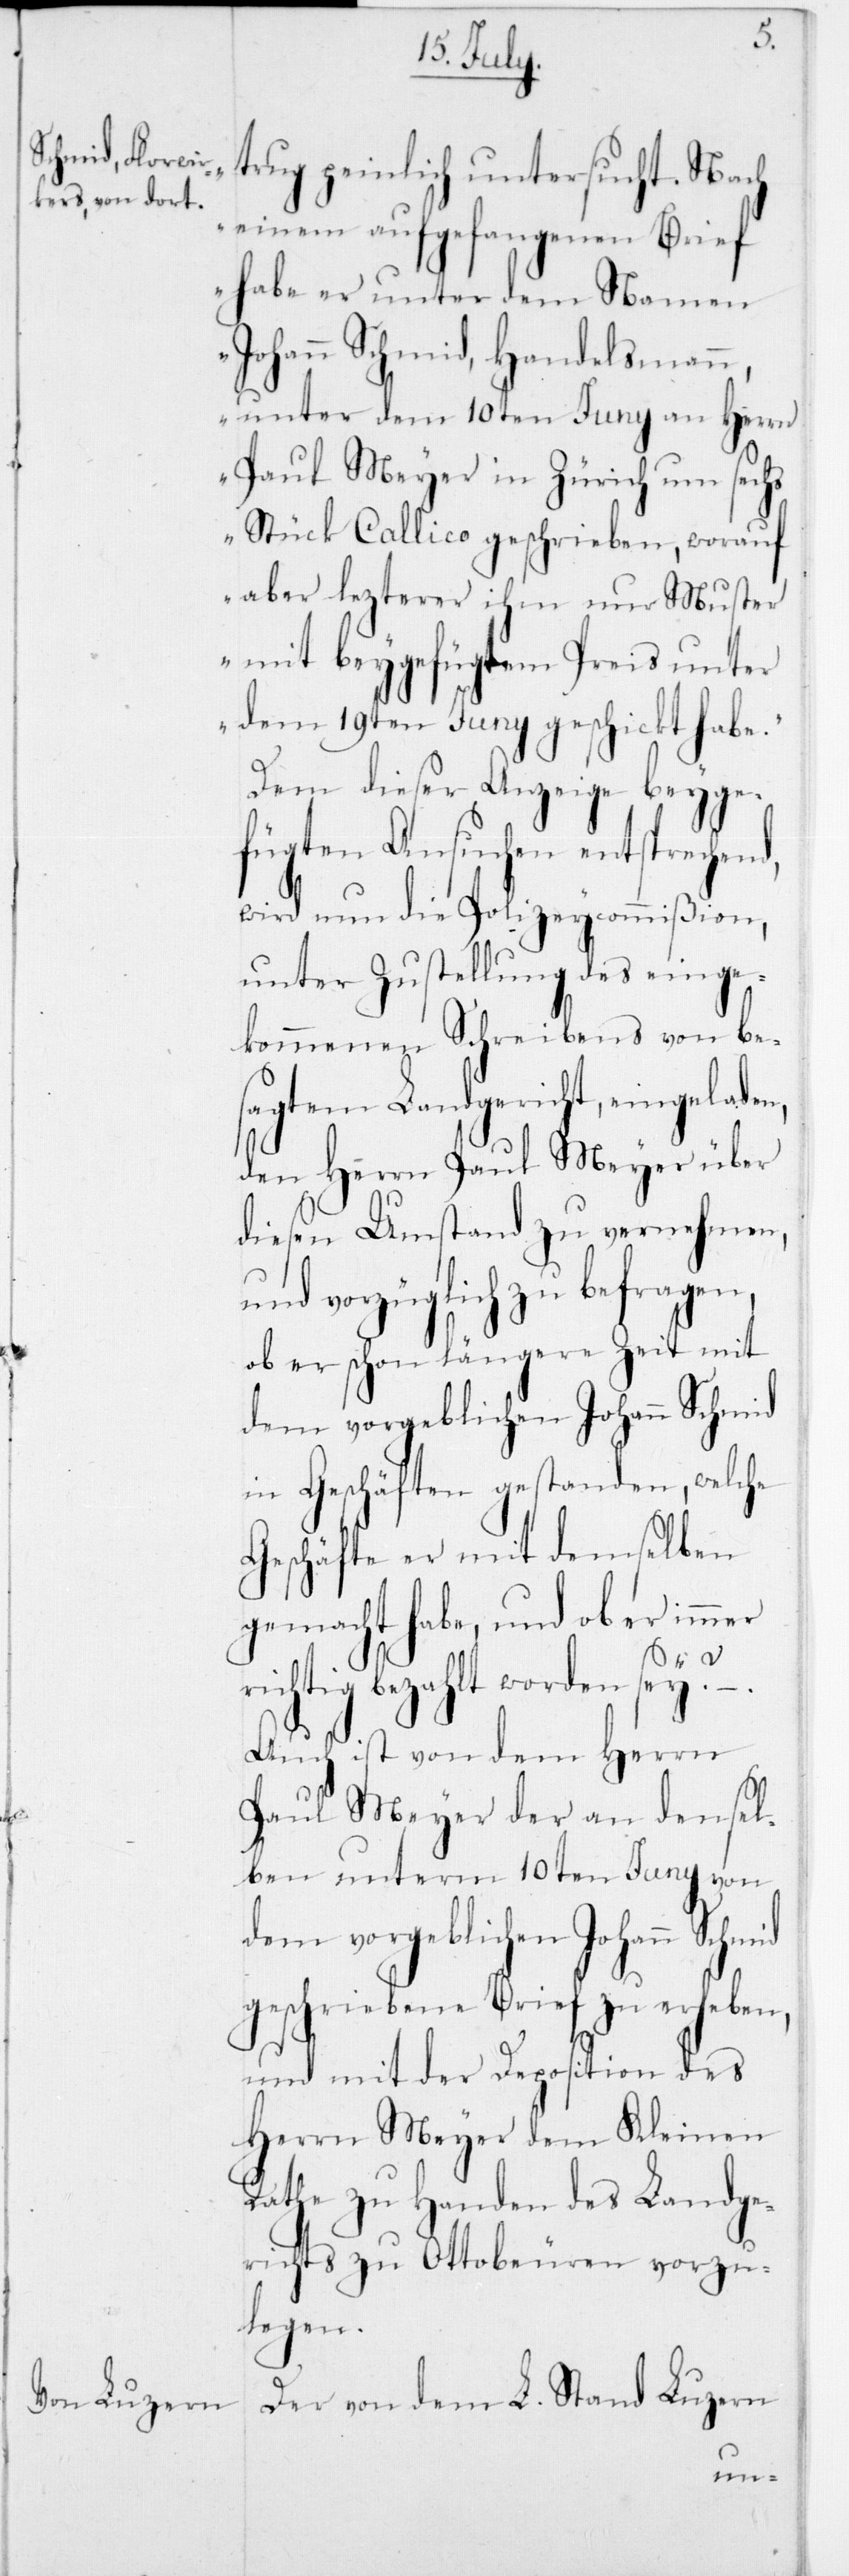
Stand Luzern

trug peinlich untersucht. Nach
einem aufgefangenen Brief
habe er unter dem Namen
Johann Schmid, Handelsman¬
n, unter dem 10ten Juny an Herrn
Paul Meyer in Zürich um sechs
Stück Callico geschrieben, worauf
aber lezterer ihm nur Muster
mit beygefügtem Preis unter
dem 19ten Juny geschickt habe.“
Dem dieser Anzeige beyge¬
fügten Ansuchen entsprechend,
wird nun die Polizeycommißion,
unter Zustellung des einge¬
kommenen Schreibens von be¬
sagtem Landgericht, eingelade¬
den Herrn Paul Meyer über
diesen Umstand zu vernehmen,
und vorzüglich zu befragen,
ob er schon längere Zeit mit
dem vorgeblichen Johann Schmid
in Geschäften gestanden, welc¬
Geschäfte er mit demselben
gemacht habe, und ob er immer
richtig bezahlt worden sey?
Auch ist von dem Herrn
Paul Meyer der an densel¬
ben unterm 10ten Juny von
geschriebene Brief zu erheben,
und mit der Deposition des
Herrn Meyer dem Kleinen
Rathe zu Handen des Landge¬
richts zu Ottobeuren vorzu¬
legen.

he